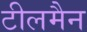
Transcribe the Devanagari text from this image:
टीलमैन